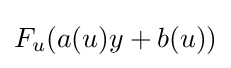
F_{u}(a(u)y+b(u))